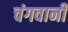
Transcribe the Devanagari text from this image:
चंगवानी